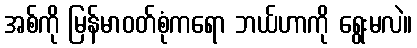
အစ်ကို မြန်မာဝတ်စုံကရော ဘယ်ဟာကို ရွေးမလဲ။